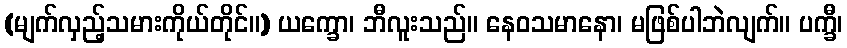
(မျက်လှည့်သမားကိုယ်တိုင်။) ယက္ခော၊ ဘီလူးသည်။ နေဝသမာနော၊ မဖြစ်ပါဘဲလျက်။ ပက္ခီ၊